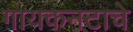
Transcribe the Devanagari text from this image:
गायकनटाचे